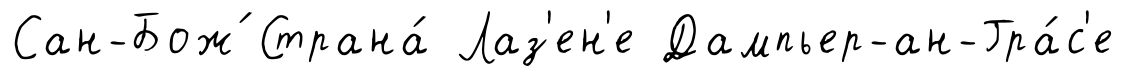
Сан-Бож́ Страна́ Лаз'ен'е Дампьер-ан-Гра́с'е